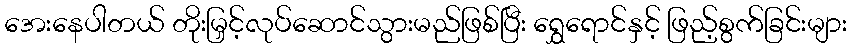
အေးနေပါတယ် တိုးမြှင့်လုပ်ဆောင်သွားမည်ဖြစ်ပြီး ရွှေရောင်နှင့် ဖြည့်စွက်ခြင်းများ